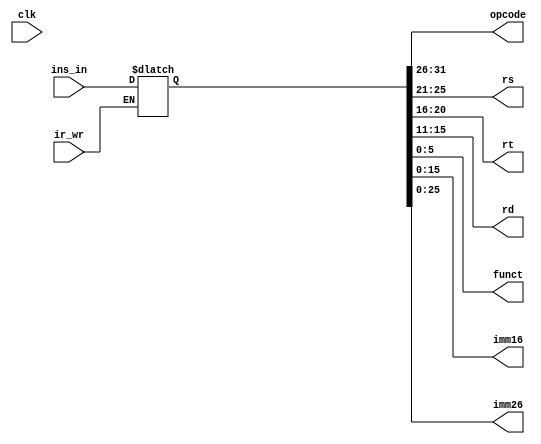
module ir(clk, ir_wr, ins_in, opcode, rs, rt, rd, funct, imm16, imm26);
  input clk, ir_wr;
  input [31:0] ins_in;
  
  output [4:0] rs, rt, rd;
  output [5:0] opcode, funct;
  output [15:0] imm16;
  output [25:0] imm26;
  
  reg [31:0] data32;
  
  assign rs = data32[25:21];
  assign rt = data32[20:16];
  assign rd = data32[15:11];
  assign opcode = data32[31:26];
  assign funct = data32[5:0];
  assign imm16 = data32[15:0];
  assign imm26 = data32[25:0];
  
  always @(clk)
  begin
    if (ir_wr)
      data32 <= ins_in;
    else
      data32 <= data32; 
  end
  
endmodule